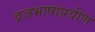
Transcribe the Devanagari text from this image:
व्रजभाषाप्रवीण